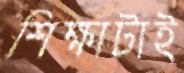
শিক্ষাটাই